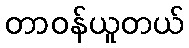
တာဝန်ယူတယ်